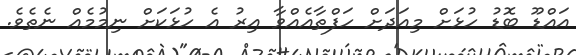
އައްޑޫ ބޮޑު ހުޅަށް މިއަދަށް ހަފްތާއެއްވާ އިރު އެ ހުޅަކަށް ނިމުމެއް ނެތެވެ.